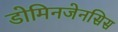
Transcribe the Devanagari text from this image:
डोमिनजेनसिस